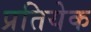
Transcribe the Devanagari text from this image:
प्रतियेक